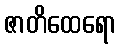
ဇာတိထေရော